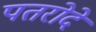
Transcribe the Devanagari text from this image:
पतरोदे